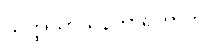
သတ္ထုသာသနကာရိကာတိ